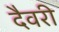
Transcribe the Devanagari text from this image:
दैवरी